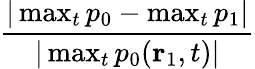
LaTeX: \frac{|\operatorname*{max}_{t}p_{0}-\operatorname*{max}_{t}p_{1}|}{|\operatorname*{max}_{t}p_{0}(\textbf{r}_{1},t)|}